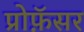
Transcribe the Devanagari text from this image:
प्रोफ़ॅसर